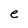
Character: e